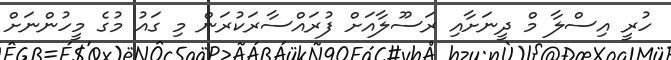
ހުރީ އިސްލާ މް ދީނަށާއި ރަސޫލާއަށް ފުރައްސާރަކުރަން މި ގައު މުގެ މީހުންނަށް